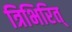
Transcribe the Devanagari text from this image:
त्रिभिरित्